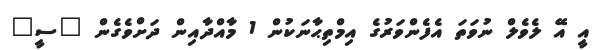
އީ އޭ ލެވެލް ނުވަތަ އެފެންވަރުގެ އިމްތިޙާނަކުން 1 މާއްދާއިން ދަށްވެގެން "ސީ"